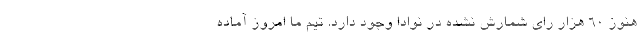
هنوز ۶۰ هزار رای شمارش نشده در نوادا وجود دارد. تیم ما امروز آماده